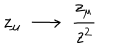
LaTeX: z _ { \mu } ~ \longrightarrow ~ \frac { z _ { \mu } } { z ^ { 2 } }